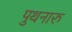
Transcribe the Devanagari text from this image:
पुथनारु